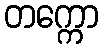
တက္ကော